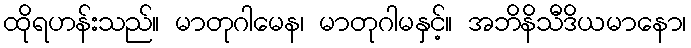
ထိုရဟန်းသည်။ မာတုဂါမေန၊ မာတုဂါမနှင့်။ အဘိနိသီဒိယမာနော၊